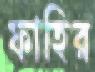
ফাহির